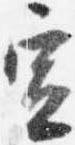
宣